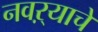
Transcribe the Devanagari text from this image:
नवऱ्याचे